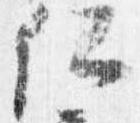
仁